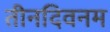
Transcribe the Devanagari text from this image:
तीनदिवनम